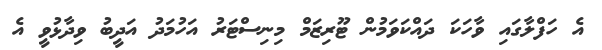
އެ ހަފްލާގައި ވާހަކަ ދައްކަވަމުން ޓޫރިޒަމް މިނިސްޓަރު އަހުމަދު އަދީބު ވިދާޅުވީ އެ